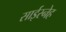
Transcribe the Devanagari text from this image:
साईस्नेह